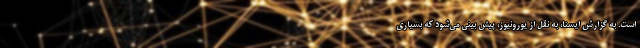
است. به گزارش ایسنا، به نقل از یورونیوز، پیش بینی می‌شود که بسیاری